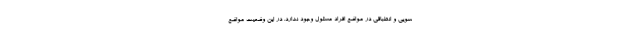
سویی و انطباقی در مواضع افراد مسئول وجود ندارد. در این وضعیت مواضع